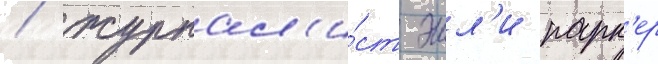
/ журнал'и́ст эшл'и парк'ер